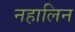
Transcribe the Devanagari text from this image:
नहालिन